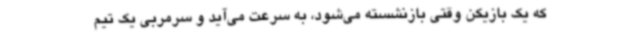
که یک بازیکن وقتی بازنشسته می‌شود، به سرعت می‌آید و سرمربی یک تیم